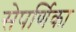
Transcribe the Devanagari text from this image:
सेपर्णिका